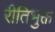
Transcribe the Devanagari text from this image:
रीतिभुक्त